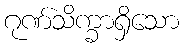
ဂုဏ်သိက္ခာရှိသော